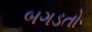
બગડતો